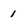
Character: 1